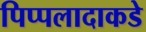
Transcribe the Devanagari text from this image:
पिप्पलादाकडे